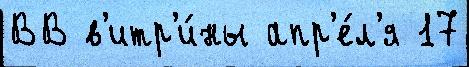
ВВ в'итр'и́ны апр'е́л'я 17